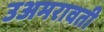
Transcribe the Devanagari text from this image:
उअमरावती